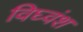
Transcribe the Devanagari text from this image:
विघ्वंश